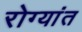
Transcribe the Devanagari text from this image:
रोग्यांत